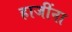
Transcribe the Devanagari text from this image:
हाजींना